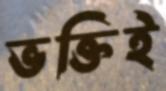
ভক্তিই